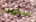
سكوتر